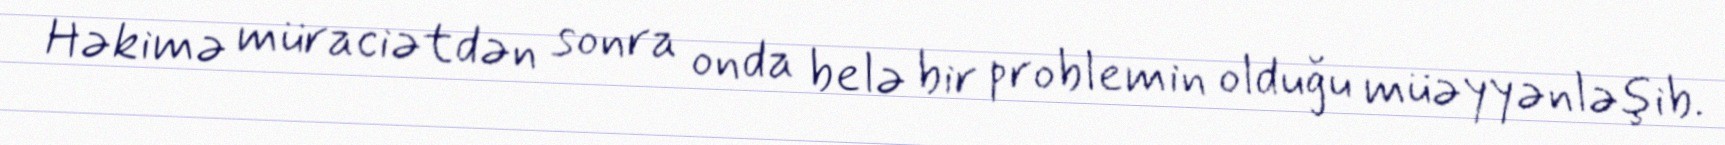
Həkimə müraciətdən sonra onda belə bir problemin olduğu müəyyənləşib.